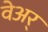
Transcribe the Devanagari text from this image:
वेअर्